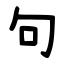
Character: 句